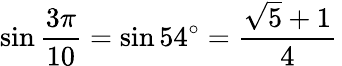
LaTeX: \sin{\frac{3\pi}{10}}=\sin 54^{\circ}={\frac{{\sqrt{5}}+1}{4}}\,